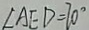
\angle A E D = 7 0 ^ { \circ }